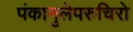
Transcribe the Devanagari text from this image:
पंकानुलेपरुचिरो